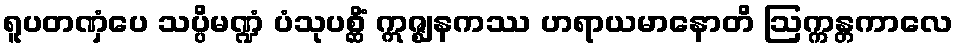
ရူပတဏှံပေ သပ္ပိမဏ္ဍံ ပံသုပစ္ဆိံ ဣဇ္ဈနကဿ ဟရာယမာနောတိ ဩက္ကန္တကာလေ